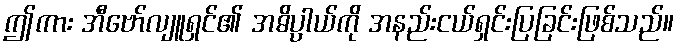
ဤကား အီဗော်လျူရှင်၏ အဓိပ္ပါယ်ကို အနည်းငယ်ရှင်းပြခြင်းဖြစ်သည်။